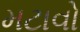
મટાવો